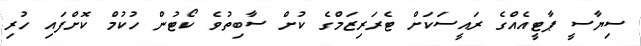
ސިޔާސީ ޕާޓީއެއްގެ ރައީސަކަށް ޓެރަރިޒަމްގެ ކުށް ސާބިތުވެ ކޯޓުން ހުކުމް ކޮށްފައި ހުރި